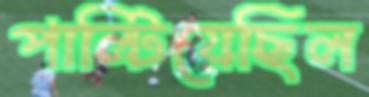
পাল্টিয়েছিল